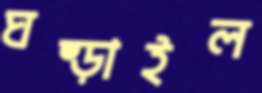
ঘষ্‌ড়াইল